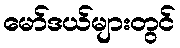
မော်ဒယ်များတွင်